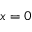
x = 0